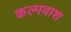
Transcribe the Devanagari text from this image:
कल्पवाश